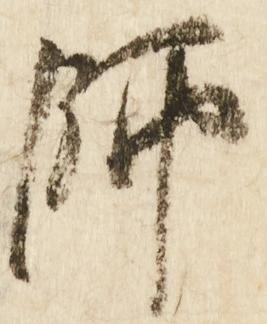
師